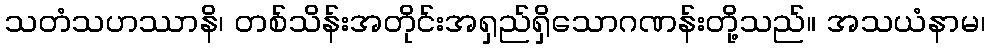
သတံသဟဿာနိ၊ တစ်သိန်းအတိုင်းအရှည်ရှိသောဂဏန်းတို့သည်။ အသယံနာမ၊